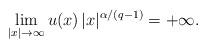
LaTeX: \begin{align*}\lim_{|x|\to\infty} u(x)\, |x|^{\alpha/(q-1)}=+\infty.\end{align*}